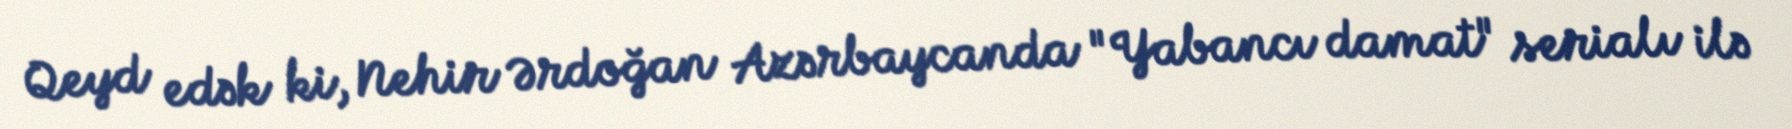
Qeyd edək ki, Nehir Ərdoğan Azərbaycanda "Yabancı damat" serialı ilə